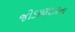
જોડાણદારના